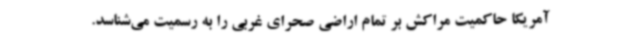
آمریکا حاکمیت مراکش بر تمام اراضی صحرای غربی را به رسمیت می‌شناسد.